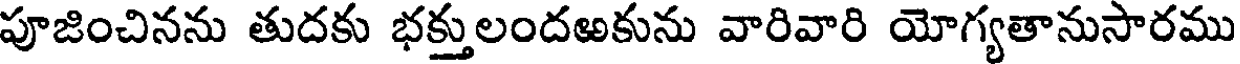
పూజించినను తుదకు భక్తులందఱకును వారివారి యోగ్యతానుసారము